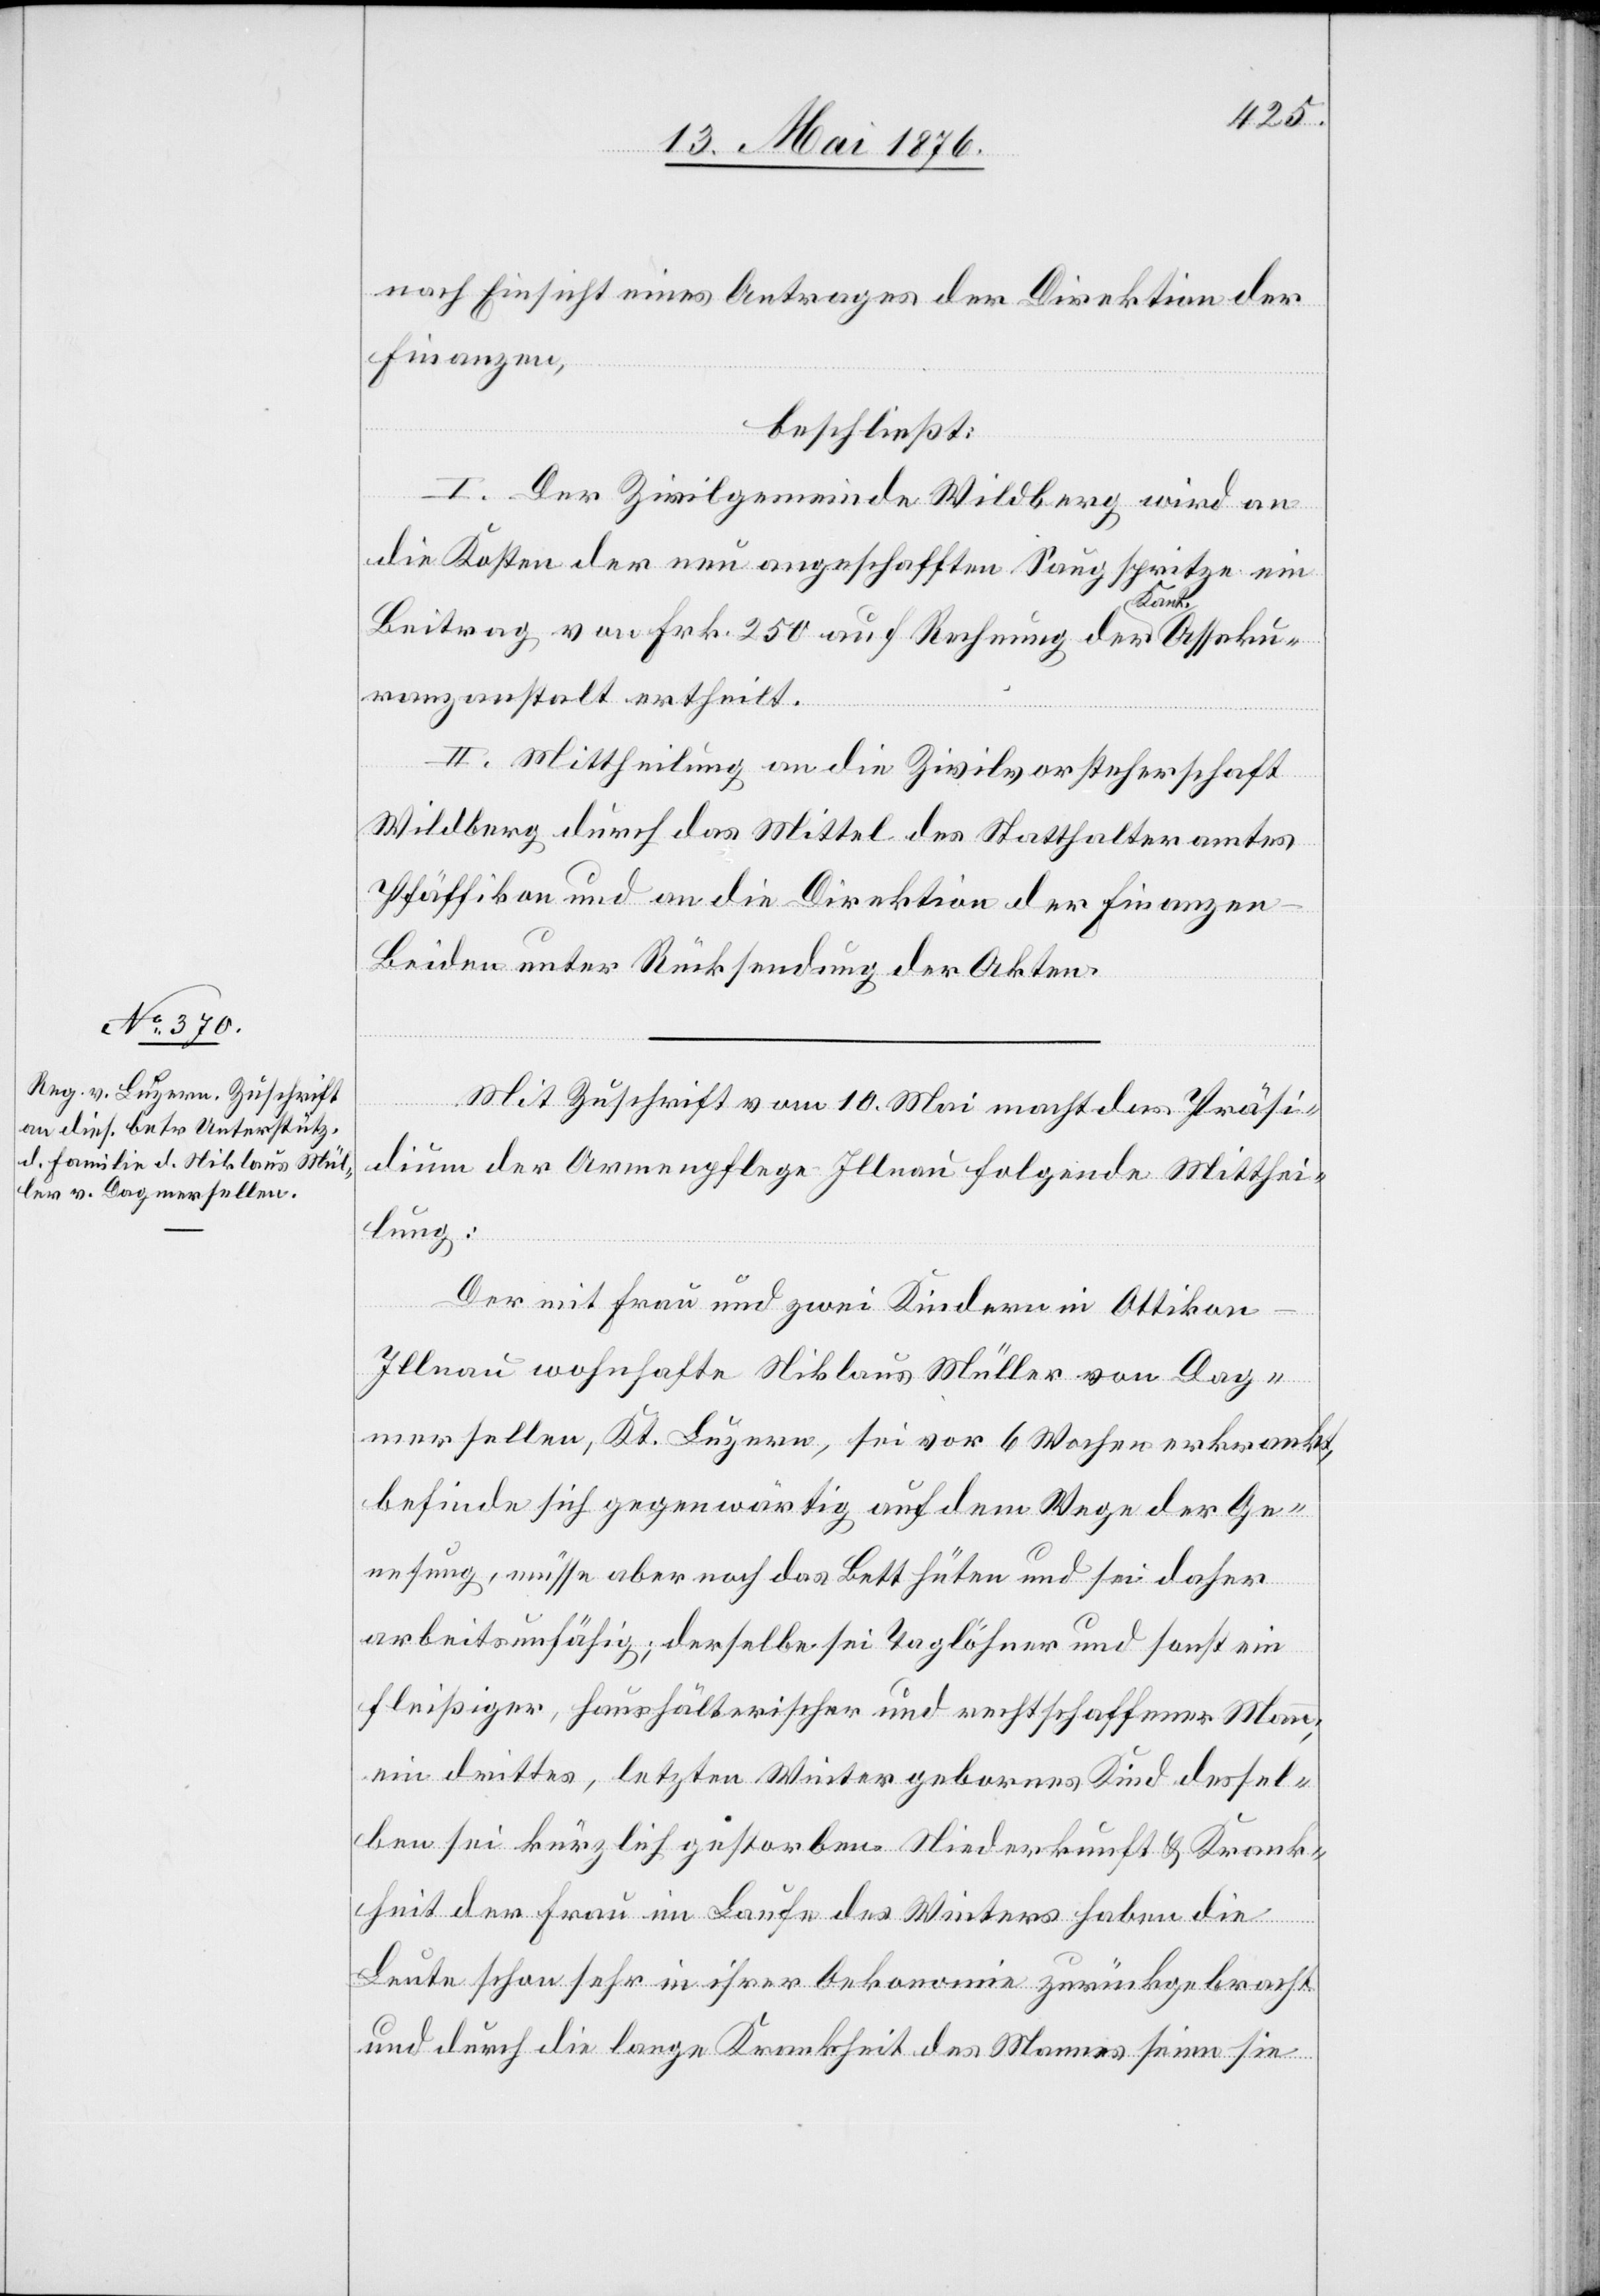
Mit Zuschrift vom 10. Mai macht das Präsi¬
dium der Armenpflege Illnau folgende Mitthei¬
lung:
Der mit Frau und zwei Kindern in Ottikon
Illnau wohnhafte Niklaus Müller von Dag¬
mersellen, Kt. Luzern, sei vor 6 Wochen erkrankt,
befinde sich gegenwärtig auf dem Wege der Ge¬
nesung, müsse aber noch das Bett hüten und sei daher
arbeitsunfähig; derselbe sei Taglöhner und sonst ein
fleißiger, haushälterischer und rechtschaffener Mann;
ein drittes, letzten Winter geborenes Kind dessel¬
ben sei kürzlich gestorben. Niederkunft & Krank¬
heit der Frau im Laufe des Winters haben die
Leute schon sehr in ihrer Oekonomie zurückgebracht
und durch die lange Krankheit des Mannes seien sie